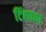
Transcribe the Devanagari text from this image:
टिंबाच्या